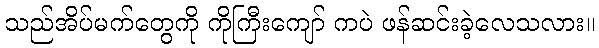
သည်အိပ်မက်တွေကို ကိုကြီးကျော် ကပဲ ဖန်ဆင်းခဲ့လေသလား။